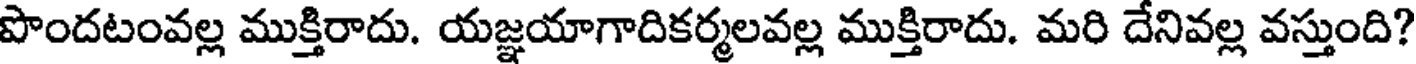
పొందటంవల్ల ముక్తిరాదు. యజ్ఞయాగాదికర్మలవల్ల ముక్తిరాదు. మరి దేనివల్ల వస్తుంది?